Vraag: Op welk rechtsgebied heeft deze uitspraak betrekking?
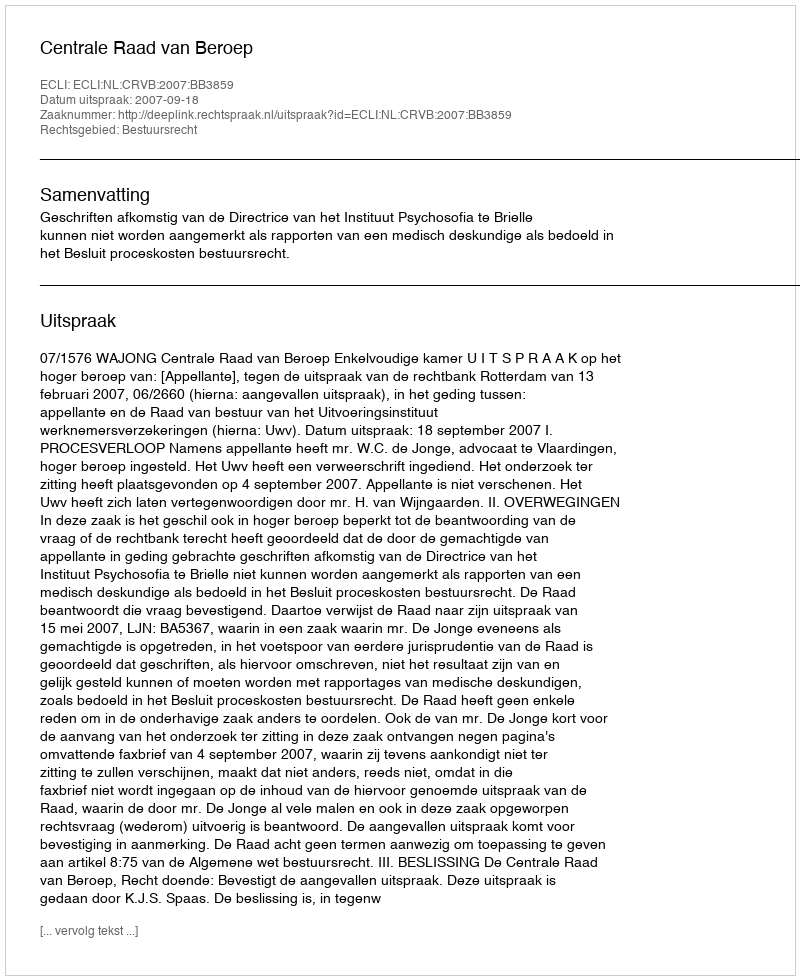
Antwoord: Bestuursrecht